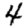
Digit: 4